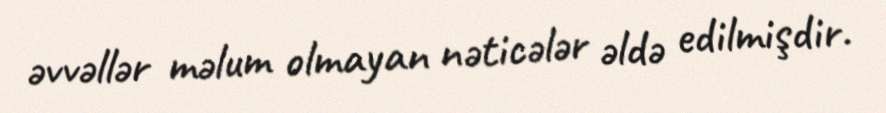
əvvəllər məlum olmayan nəticələr əldə edilmişdir.